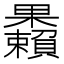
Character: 𣡚